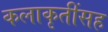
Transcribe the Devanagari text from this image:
कलाकृतींसह